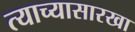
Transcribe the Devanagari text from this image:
त्याच्यासारखा